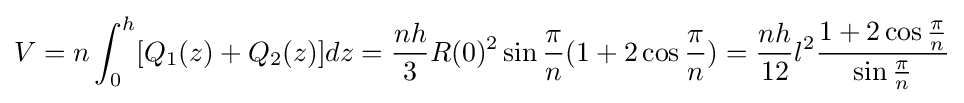
V=n\int _{0}^{h}[Q_{1}(z)+Q_{2}(z)]dz={\frac {nh}{3}}R(0)^{2}\sin {\frac {\pi }{n}}(1+2\cos {\frac {\pi }{n}})={\frac {nh}{12}}l^{2}{\frac {1+2\cos {\frac {\pi }{n}}}{\sin {\frac {\pi }{n}}}}